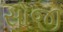
સોજી